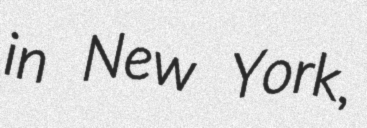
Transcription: in New York,